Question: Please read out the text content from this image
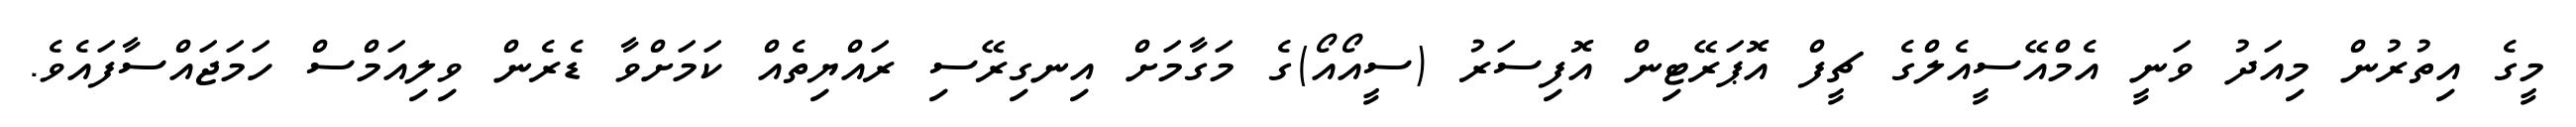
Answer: މީގެ އިތުރުން މިއަދު ވަނީ އެމްއޭސީއެލްގެ ޗީފް އޮޕަރޭޓިން އޮފިސަރު (ސީއޯއޯ)ގެ މަގާމަށް އިނގިރޭސި ރައްޔިތެއް ކަމަށްވާ ޑެރެން ވިލިއަމްސް ހަމަޖައްސާފައެވެ.